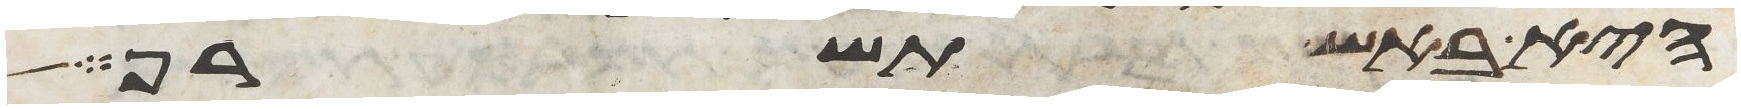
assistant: היא באש תשרף